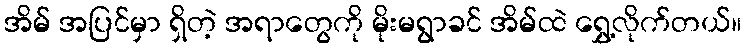
အိမ် အပြင်မှာ ရှိတဲ့ အရာတွေကို မိုးမရွာခင် အိမ်ထဲ ရွှေ့လိုက်တယ်။